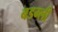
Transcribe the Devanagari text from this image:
बडग्ली